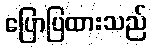
ပြောပြထားသည်